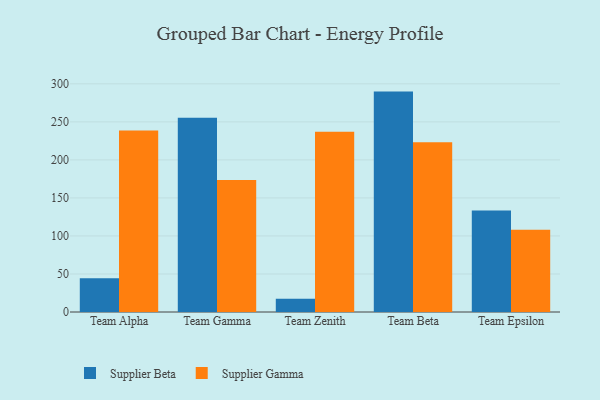
{"axis": {"x": "Team", "y": "Budget (USD K)"}, "legend": ["Supplier Beta", "Supplier Gamma"], "data": [{"x": "Team Alpha", "y": 44.4, "type": "Supplier Beta"}, {"x": "Team Alpha", "y": 238.6, "type": "Supplier Gamma"}, {"x": "Team Gamma", "y": 255.5, "type": "Supplier Beta"}, {"x": "Team Gamma", "y": 173.6, "type": "Supplier Gamma"}, {"x": "Team Zenith", "y": 17.5, "type": "Supplier Beta"}, {"x": "Team Zenith", "y": 237.0, "type": "Supplier Gamma"}, {"x": "Team Beta", "y": 289.8, "type": "Supplier Beta"}, {"x": "Team Beta", "y": 223.1, "type": "Supplier Gamma"}, {"x": "Team Epsilon", "y": 133.3, "type": "Supplier Beta"}, {"x": "Team Epsilon", "y": 108.1, "type": "Supplier Gamma"}]}